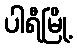
ပါရီမြို့